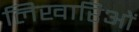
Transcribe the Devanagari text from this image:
लिखारिओं